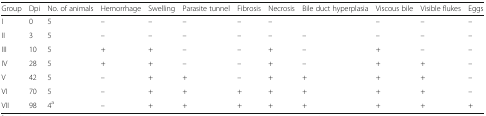
<table><thead><tr><td><b>Group</b></td><td><b>Dpi</b></td><td><b>No. of animals</b></td><td><b>Hemorrhage</b></td><td><b>Swelling</b></td><td><b>Parasite tunnel</b></td><td><b>Fibrosis</b></td><td><b>Necrosis</b></td><td><b>Bile duct hyperplasia</b></td><td><b>Viscous bile</b></td><td><b>Visible flukes</b></td><td><b>Eggs</b></td></tr></thead><tbody><tr><td>I</td><td>0</td><td>5</td><td>–</td><td>–</td><td>–</td><td>–</td><td>–</td><td></td><td>–</td><td>–</td><td>–</td></tr><tr><td>II</td><td>3</td><td>5</td><td>–</td><td>–</td><td>–</td><td>–</td><td>–</td><td>–</td><td>–</td><td>–</td><td>–</td></tr><tr><td>III</td><td>10</td><td>5</td><td>+</td><td>+</td><td>–</td><td>–</td><td>+</td><td>–</td><td>+</td><td>–</td><td>–</td></tr><tr><td>IV</td><td>28</td><td>5</td><td>+</td><td>+</td><td>–</td><td>–</td><td>+</td><td>–</td><td>+</td><td>+</td><td>–</td></tr><tr><td>V</td><td>42</td><td>5</td><td>–</td><td>+</td><td>+</td><td>–</td><td>+</td><td>+</td><td>+</td><td>+</td><td>–</td></tr><tr><td>VI</td><td>70</td><td>5</td><td>–</td><td>+</td><td>+</td><td>+</td><td>+</td><td>+</td><td>+</td><td>+</td><td>–</td></tr><tr><td>VII</td><td>98</td><td>4<sup>a</sup></td><td>–</td><td>+</td><td>+</td><td>+</td><td>+</td><td>+</td><td>+</td><td>+</td><td>+</td></tr></tbody></table>